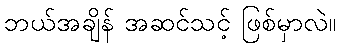
ဘယ်အချိန် အဆင်သင့် ဖြစ်မှာလဲ။